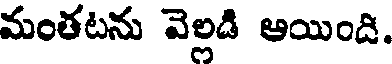
మంతటను వెల్లడి ఆయింది.